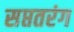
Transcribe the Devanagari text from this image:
सप्ततरंग